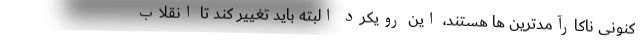
کنونی ناکارآمدترین ها هستند، این رویکرد البته باید تغییر کند تا انقلاب